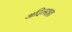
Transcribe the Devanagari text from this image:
अदिलशहा